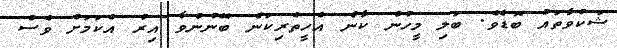
ޝަކުވާތައް ބޮޑެވެ. ބަލި މީހުން ކާން އެހީތެރިކަން ބޭނުންވާ އިރު އެކަމަށް ވެސް